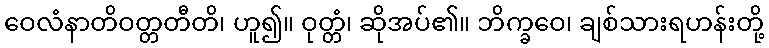
ဝေလံနာတိဝတ္တတီတိ၊ ဟူ၍။ ဝုတ္တံ၊ ဆိုအပ်၏။ ဘိက္ခဝေ၊ ချစ်သားရဟန်းတို့